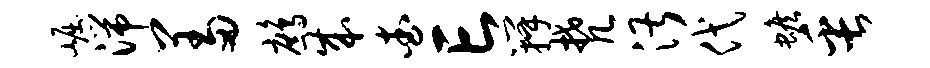
崛湍羞鹧成查亡瓣梵湛代蟾缶